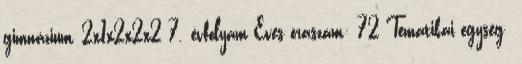
gimnázium, 2x1x2x2x2 7. évfolyam Éves óraszám: 72 Tematikai egység